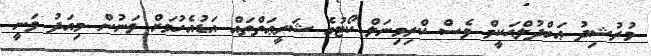
މުރުޝިދު ޢަބްދުލްޙަކީމް ވެސް ކްރިމިނަލް ކޯޓުގެ ޝަރީޢަތްތައް އަޑުއެހުމަށް ވަނުން މިއަދު ވަނީ